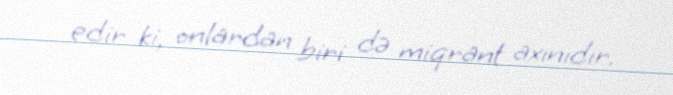
edir ki, onlardan biri də miqrant axınıdır.